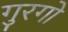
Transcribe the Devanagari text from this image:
गुरगो